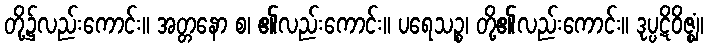
တို့၌လည်းကောင်း။ အတ္တနော စ၊ ၏လည်းကောင်း။ ပရေသဉ္စ၊ တို့၏လည်းကောင်း။ ဒုပ္ပဋိဝိဇ္ဈံ၊